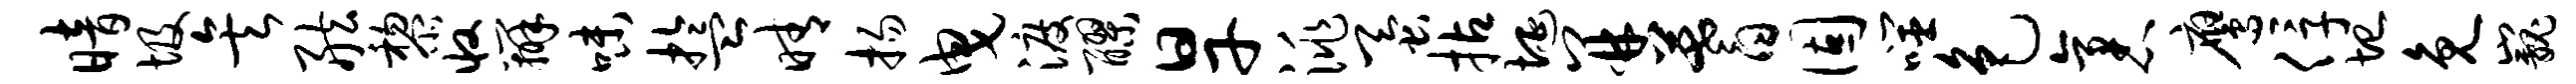
暗圾矣舷黎收辨味盂晴扬曳渡醪旱洮蚕拈埏并蓍固噬色袤鹰俘圮免巍